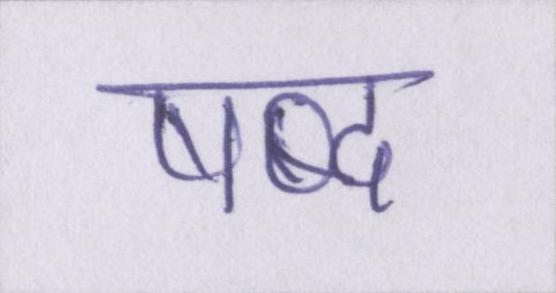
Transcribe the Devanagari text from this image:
षब्द